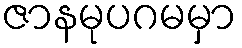
ဇာနမုပဂမမှာ